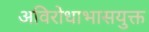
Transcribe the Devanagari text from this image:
अविरोधाभासयुक्त